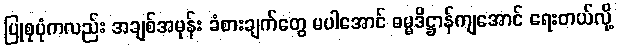
ပြုစုပုံကလည်း အချစ်အမုန်း ခံစားချက်တွေ မပါအောင် ဓမ္မဒိဋ္ဌာန်ကျအောင် ရေးတယ်လို့